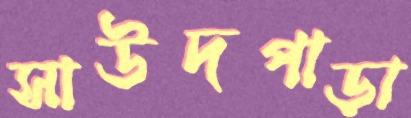
সাউদপাড়া